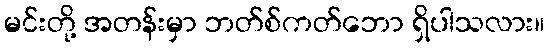
မင်းတို့ အတန်းမှာ ဘတ်စ်ကတ်ဘော ရှိပါသလား။